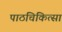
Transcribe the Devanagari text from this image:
पाठचिकित्सा